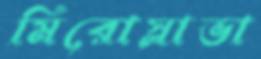
মিরোস্লাভা